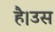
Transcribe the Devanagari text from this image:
है।उस